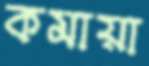
কমায়া